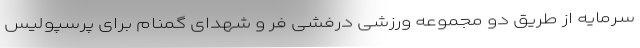
سرمایه از طریق دو مجموعه ورزشی درفشی فر و شهدای گمنام برای پرسپولیس